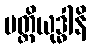
ပတ္တိယုဒ္ဓါနိ